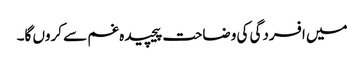
میں افسردگی کی وضاحت پیچیدہ غم سے کروں گا۔